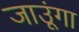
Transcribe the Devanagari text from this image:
जाउूंगा